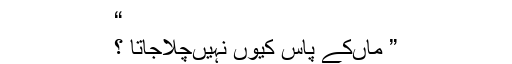
“
” ماںکے پاس کیوں نہیںچلاجاتا ؟